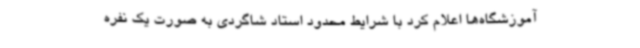
آموزشگاه‌ها اعلام کرد با شرایط محدود استاد شاگردی به صورت یک نفره